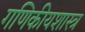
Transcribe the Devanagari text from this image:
गणिकीयशास्त्र